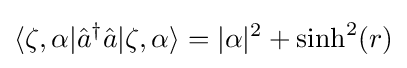
\langle \zeta ,\alpha |{\hat {a}}^{\dagger }{\hat {a}}|\zeta ,\alpha \rangle =|\alpha |^{2}+\sinh ^{2}(r)